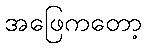
အဖြေကတော့